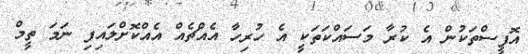
އޮފީސްތަކުން އެ ކުރާ މަސައްކަތަކީ އެ ހުރިހާ އެއްޗެއް އެއްކޮށްލައިފި ނަމަ ތީމް